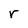
Character: r